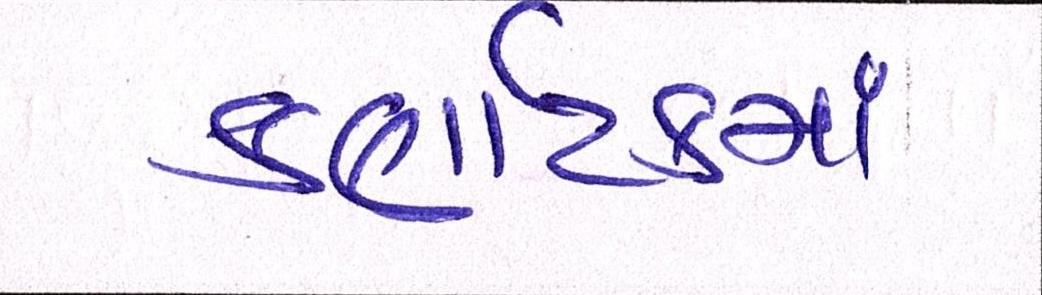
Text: કર્ણાટકમાં